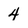
Character: 4